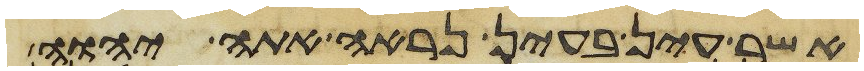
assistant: אשר עין בעין נראה אתה יהוה